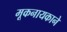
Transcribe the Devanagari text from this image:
मूकनायकाने